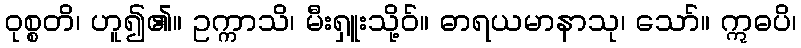
ဝုစ္စတိ၊ ဟူ၍၏။ ဥက္ကာသိ၊ မီးရှူးသို့ဝ်။ ဓာရယမာနာသု၊ သော်။ ဣဓပိ၊